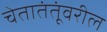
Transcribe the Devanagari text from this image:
चेतातंतूंवरील